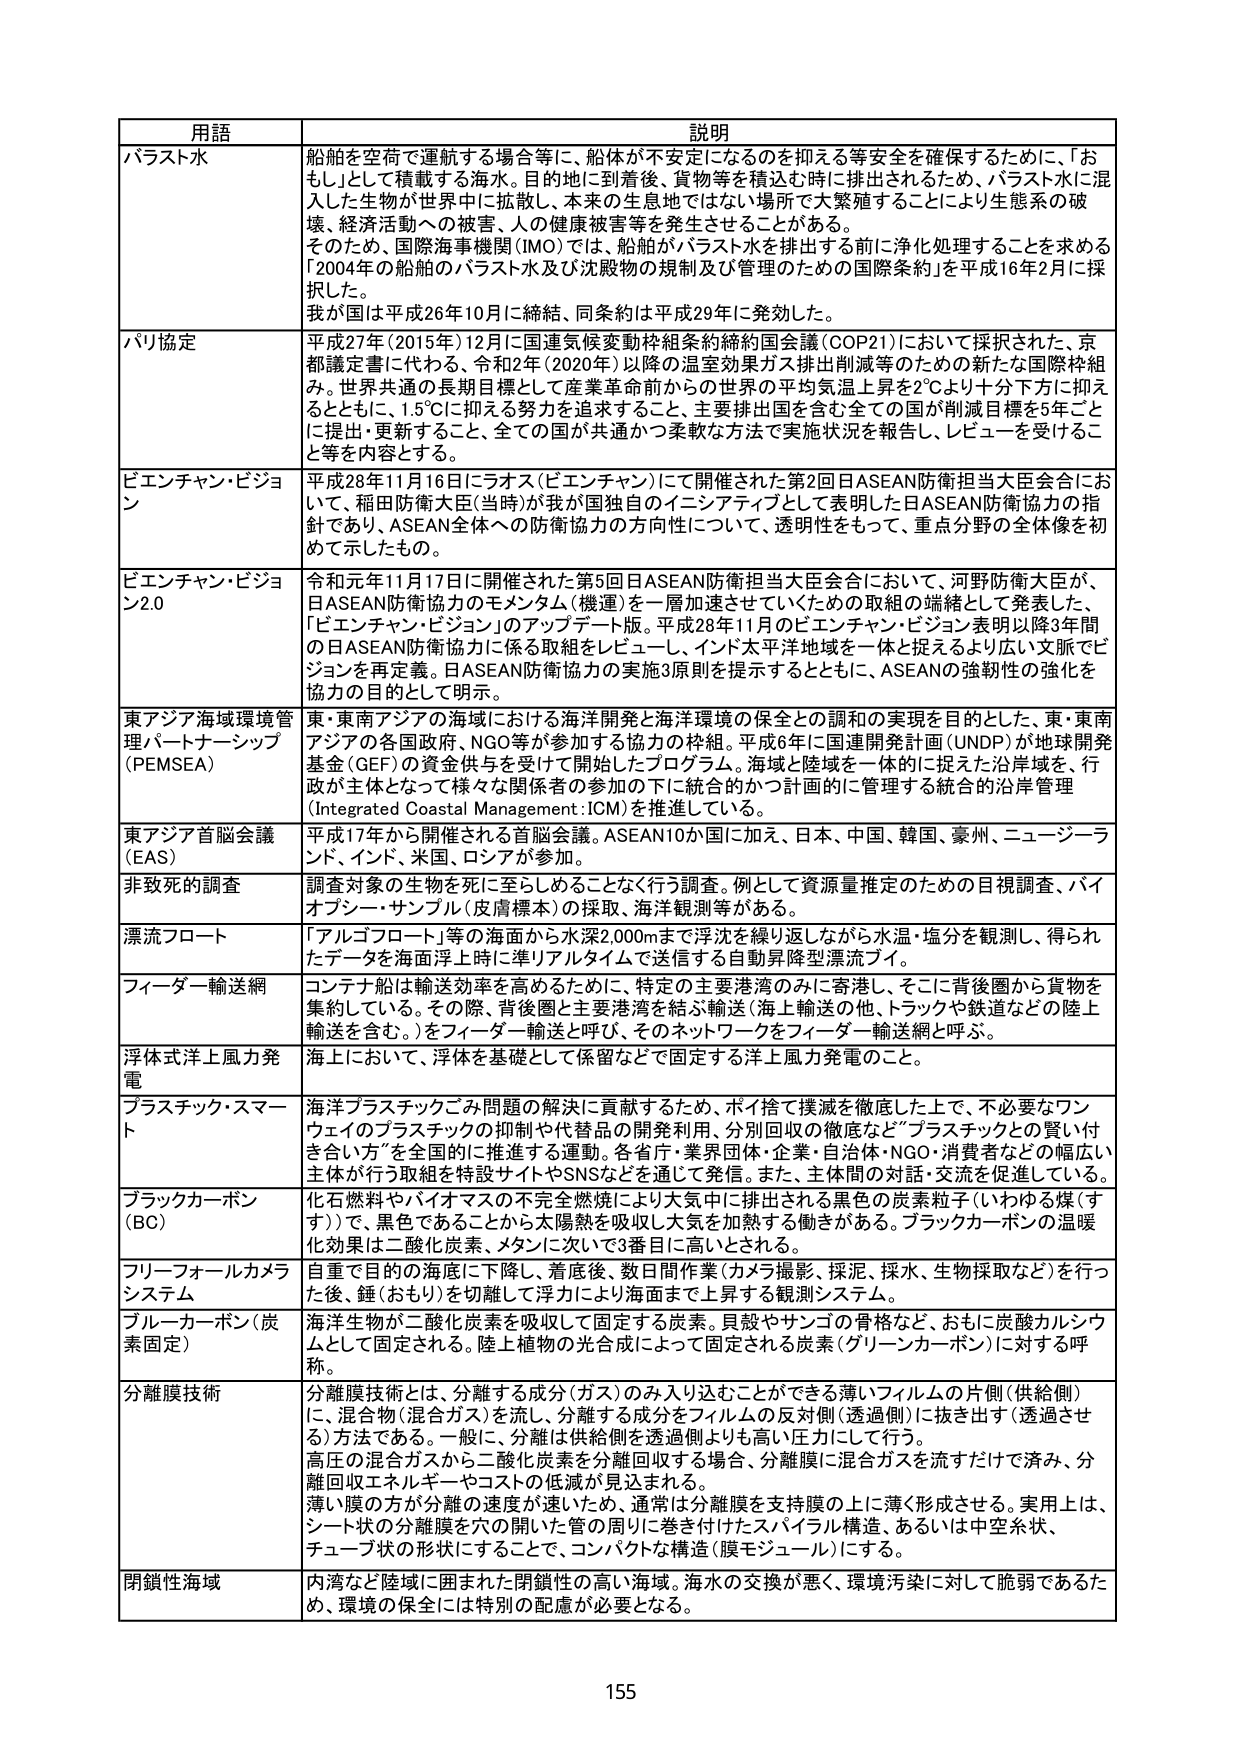
用語 説明
バラスト水 船舶を空荷で運航する場合等に、船体が不安定になるのを抑える等安全を確保するために、「お もし」として積載する海水。目的地に到着後、貨物等を積込む時に排出されるため、バラスト水に混 入した生物が世界中に拡散し、本来の生息地ではない場所で大繁殖することにより生態系の破 壊、経済活動への被害、人の健康被害等を発生させることがある。 そのため、国際海事機関（IMO）では、船舶がバラスト水を排出する前に浄化処理することを求める 「2004年の船舶のバラスト水及び沈殿物の規制及び管理のための国際条約」を平成16年2月に採 択した。 我が国は平成26年10月に締結、同条約は平成29年に発効した。
パリ協定 平成27年（2015年）12月に国連気候変動枠組条約締約国会議（COP21）において採択された、京 都議定書に代わる、令和2年（2020年）以降の温室効果ガス排出削減等のための新たな国際枠組 み。世界共通の長期目標として産業革命前からの世界の平均気温上昇を2℃より十分下方に抑え るとともに、1.5℃に抑える努力を追求すること、主要排出国を含む全ての国が削減目標を5年ごと に提出・更新すること、全ての国が共通かつ柔軟な方法で実施状況を報告し、レビューを受けるこ と等を内容とする。
ビエンチャン・ビジョ ン 平成28年11月16日にラオス（ビエンチャン）にて開催された第2回日ASEAN防衛担当大臣会合にお いて、稲田防衛大臣（当時）が我が国独自のイニシアティブとして表明した日ASEAN防衛協力の指 針であり、ASEAN全体への防衛協力の方向性について、透明性をもって、重点分野の全体像を初 めて示したもの。
ビエンチャン・ビジョ ン2.0 令和元年11月17日に開催された第5回日ASEAN防衛担当大臣会合において、河野防衛大臣が、 日ASEAN防衛協力のモメンタム（機運）を一層加速させていくための取組の端緒として発表した、 「ビエンチャン・ビジョン」のアップデート版。平成28年11月のビエンチャン・ビジョン表明以降3年間 の日ASEAN防衛協力に係る取組をレビューし、インド太平洋地域を一体と捉えるより広い文脈でビ ジョンを再定義。日ASEAN防衛協力の実施3原則を提示するとともに、ASEANの強靭性の強化を 協力の目的として明示。
東アジア海域環境管 理パートナーシップ （PEMSEA） 東・東南アジアの海域における海洋開発と海洋環境の保全との調和の実現を目的とした、東・東南 アジアの各国政府、NGO等が参加する協力の枠組。平成6年に国連開発計画（UNDP）が地域開発 基金（GEF）の資金供与を受けた開始したプログラム。海域と陸域を一体的に捉えた沿岸域を、行 政が主体となって様々な関係者の参加の下に統合的かつ計画的に管理する統合的沿岸管理 （Integrated Coastal Management：ICM）を推進している。
東アジア首脳会議 （EAS） 平成17年から開催される首脳会議。ASEAN10か国に加え、日本、中国、韓国、豪州、ニュージーラ ンド、インド、米国、ロシアが参加。
非致死的調査 調査対象の生物を死に至らしめることがなく行う調査。例として資源量推定のための目視調査、バイ オプシー・サンプル（皮膚標本）の採取、海洋観測等がある。
漂流フロート 「アルゴフロート」等の海面から水深2,000mまで沈没を繰り返しながら水温・塩分を観測し、得られ たデータを海面浮上時に準リアルタイムで送信する自動昇降型漂流ブイ。
フィーダー輸送網 コンテナ船は輸送効率を高めるために、特定の主要港湾のみに寄港し、そこに背後圏から貨物を 集約している。その際、背後圏と主要港湾を結ぶ輸送（海上輸送の他、トラックや鉄道などの陸上 輸送を含む。）をフィーダー輸送と呼び、そのネットワークをフィーダー輸送網と呼ぶ。
浮体式洋上風力発 電 海上において、浮体を基礎として係留などで固定する洋上風力発電のこと。
プラスチック・スマー ト 海洋プラスチックごみ問題の解決に貢献するため、ポイ捨て撲滅を徹底した上で、不必要なワン ウェイのプラスチックの抑制や代替品の開発利用、分別回収の徹底など「プラスチックとの賢い付 き合い方」を全国的に推進する運動。各省庁・業界団体・企業・自治体・NGO・消費者などの幅広い 主体が行う取組を特設サイトやSNSなどを通じて発信。また、主体間の対話・交流を促進している。
ブラックカーボン （BC） 化石燃料やバイオマスの不完全燃焼により大気中に排出される黒色の炭素粒子（いわゆる煤（す み））で、黒色であることから太陽熱を吸収し大気を加熱する働きがある。ブラックカーボンの温暖 化効果は二酸化炭素、メタンに次いで3番目に高いとされる。
フリーフォールカメラ システム 自重で目的の海底に下降し、着底後、数日間作業（カメラ撮影、採泥、採水、生物採取など）を行っ た後、錘（おもり）を切離して浮力により海面まで上昇する観測システム。
ブルーカーボン（炭 素固定） 海洋生物が二酸化炭素を吸収して固定する炭素。貝殻やサンゴの骨格など、おもに炭酸カルシウ ムとして固定される。陸上植物の光合成によって固定される炭素（グリーンカーボン）に対する呼 称。
分離膜技術 分離膜技術とは、分離する成分（ガス）のみ入り込むことができる薄いフィルムの片側（供給側） に、混合物（混合ガス）を流し、分離する成分をフィルムの反対側（透過側）に抜き出す（透過させ る）方法である。一般に、分離は供給側を透過側よりも高い圧力にして行う。 高圧の混合ガスから二酸化炭素を分離回収する場合、分離膜に混合ガスを流すだけで済み、分 離回収エネルギーーやコストの低減が見込まれる。 薄い膜の方が分離の速度が速いため、通常は分離膜を支持膜の上に薄く形成させる。実用上は、 シート状の分離膜を六の開いた管の周りに巻き付けたスパイラル構造、あるいは中空糸状、 チューブ状の形状にすることで、コンパクトな構造（膜モジュール）にする。
閉鎖性海域 内湾など陸域に囲まれた閉鎖性の高い海域。海水の交換が悪く、環境汚染に対して脆弱であるた め、環境の保全には特別の配慮が必要となる。
155